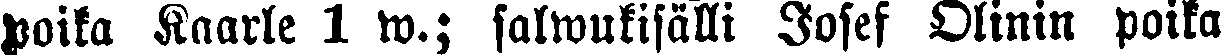
poika Kaarle 1 w.; salwukisälli Josef Olinin poika